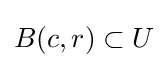
{\textstyle B(c,r)\subset U}